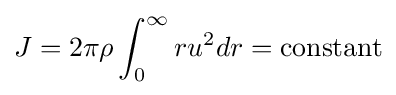
J=2\pi \rho \int _{0}^{\infty }ru^{2}dr={\text{constant}}